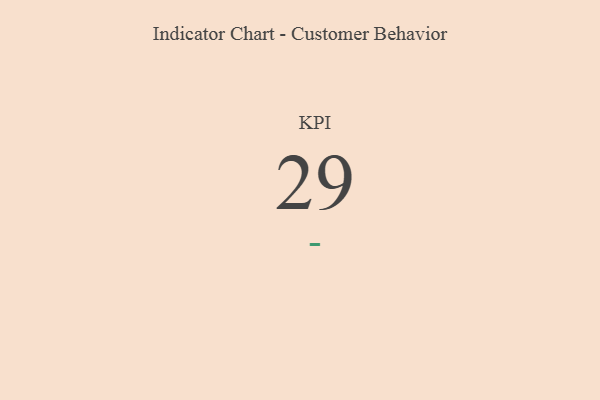
{"axis": {"x": "KPI", "y": "Value"}, "legend": [""], "data": [{"x": "KPI", "y": 29, "type": ""}]}